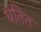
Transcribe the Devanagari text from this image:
घतित